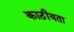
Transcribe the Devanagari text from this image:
काठीयता